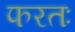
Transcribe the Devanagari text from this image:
फरतः